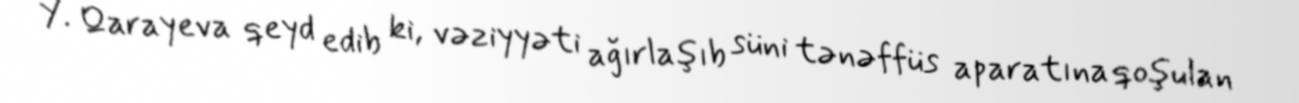
Y. Qarayeva qeyd edib ki, vəziyyəti ağırlaşıb süni tənəffüs aparatına qoşulan